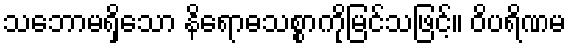
သဘောမရှိသော နိရောဓသစ္စာကိုမြင်သဖြင့်။ ဝိပရိဏမ